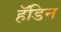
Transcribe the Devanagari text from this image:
हॅडिन